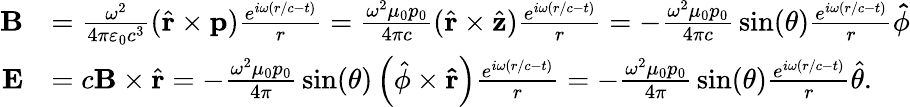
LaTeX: {\begin{array}{rl}{\mathbf{B}}&{={\frac{\omega^{2}}{4\pi\varepsilon_{0}c^{3}}}({\hat{\mathbf{r}}}\times\mathbf{p}){\frac{e^{i\omega(r/c-t)}}{r}}={\frac{\omega^{2}\mu_{0}p_{0}}{4\pi c}}({\hat{\mathbf{r}}}\times{\hat{\mathbf{z}}}){\frac{e^{i\omega(r/c-t)}}{r}}=-{\frac{\omega^{2}\mu_{0}p_{0}}{4\pi c}}\sin(\theta){\frac{e^{i\omega(r/c-t)}}{r}}\mathbf{\hat{\phi}}}\\ {\mathbf{E}}&{=c\mathbf{B}\times{\hat{\mathbf{r}}}=-{\frac{\omega^{2}\mu_{0}p_{0}}{4\pi}}\sin(\theta)\left({\hat{\phi}}\times\mathbf{\hat{r}}\right){\frac{e^{i\omega(r/c-t)}}{r}}=-{\frac{\omega^{2}\mu_{0}p_{0}}{4\pi}}\sin(\theta){\frac{e^{i\omega(r/c-t)}}{r}}{\hat{\theta}}.}\end{array}}